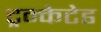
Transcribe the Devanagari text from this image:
ट्रन्केटेड